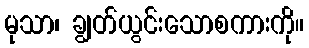
မုသာ၊ ချွတ်ယွင်းသောစကားကို။